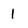
Character: 1